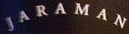
JARAMAN